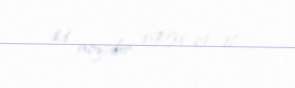
11 noyabr 1951-ci il